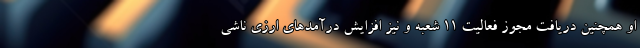
او همچنین دریافت مجوز فعالیت 11 شعبه و نیز افزایش درآمدهای ارزی ناشی